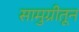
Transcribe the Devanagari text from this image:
सामुग्रीतून